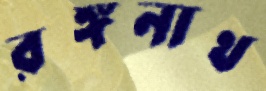
রঙ্গনাথ